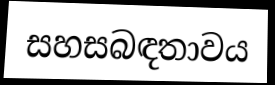
සහසබඳතාවය